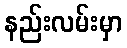
နည်းလမ်းမှာ